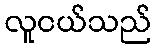
လူငယ်သည်